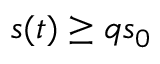
s ( t ) \geq q s _ { 0 }